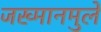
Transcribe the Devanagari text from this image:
जख्मानमुले